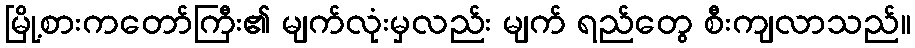
မြို့စားကတော်ကြီး၏ မျက်လုံးမှလည်း မျက် ရည်တွေ စီးကျလာသည်။